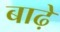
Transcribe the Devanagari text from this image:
बाढ़े